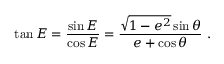
\tan E = { \frac { \sin E } { \cos E } } = { \frac { { \sqrt { 1 - e ^ { 2 } } } \sin \theta } { e + \cos \theta } } \ .